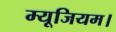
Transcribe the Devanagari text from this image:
म्यूजियम।